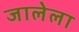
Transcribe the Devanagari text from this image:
जालेला